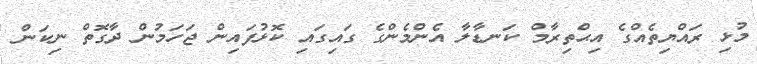
މުޅި ރައްޔިތެއްގެ އިޙްތިރާމް ކަނޑާލާ އެންމެންގެ ގައިގައި ކޮޅުފައިން ޖަހަމުން ދާގޮތް ނިކަން